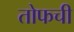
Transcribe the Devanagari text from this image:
तोफची